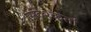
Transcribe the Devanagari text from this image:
संदेश्कर्ता